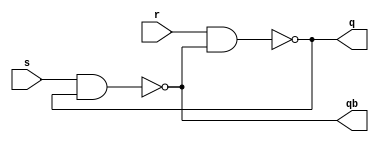
module sr_latch(s,r,q,qb);
input s,r;
output q,qb;
//Behavioural
assign q=~(r&qb);
assign qb=~(s&q);
endmodule